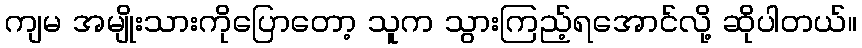
ကျမ အမျိုးသားကိုပြောတော့ သူက သွားကြည့်ရအောင်လို့ ဆိုပါတယ်။